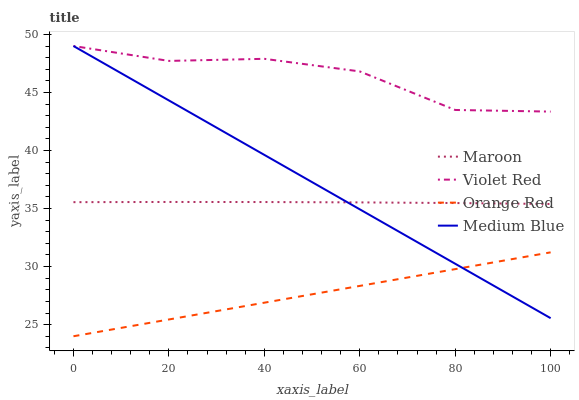
| xaxis_label | Maroon | Violet Red | Orange Red | Medium Blue |
 | --- | --- | --- | --- | --- |
 | 0 | 35.5 | 49 | 24 | 49 |
 | 20 | 35.6 | 47.7 | 25.4 | 44.3 |
 | 40 | 35.6 | 47.9 | 26.9 | 39.6 |
 | 60 | 35.5 | 46.8 | 28.3 | 34.9 |
 | 80 | 35.5 | 43.5 | 29.8 | 30.2 |
 | 100 | 35.4 | 43.4 | 31.2 | 25.6 |